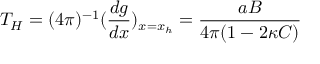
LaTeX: T _ { H } = ( 4 \pi ) ^ { - 1 } ( \frac { d g } { d x } ) _ { x = x _ { h } } = \frac { a B } { 4 \pi ( 1 - 2 \kappa C ) }